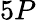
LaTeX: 5P